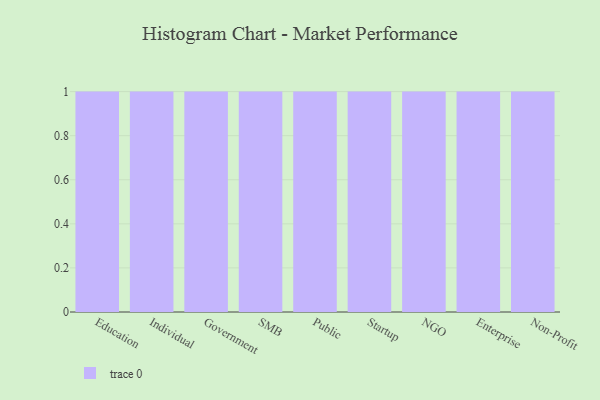
{"axis": {"x": "Segment", "y": "Website Visitors"}, "legend": [""], "data": [{"x": "Education", "y": 48, "type": ""}, {"x": "Individual", "y": 36, "type": ""}, {"x": "Government", "y": 73, "type": ""}, {"x": "SMB", "y": 43, "type": ""}, {"x": "Public", "y": 78, "type": ""}, {"x": "Startup", "y": 40, "type": ""}, {"x": "NGO", "y": 92, "type": ""}, {"x": "Enterprise", "y": 38, "type": ""}, {"x": "Non-Profit", "y": 65, "type": ""}]}